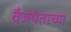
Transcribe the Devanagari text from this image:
वैजयंताच्या